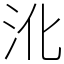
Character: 沎